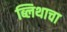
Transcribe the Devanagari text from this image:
ब्लिथाचा